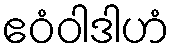
ဧဝံဝါဒါဟံ